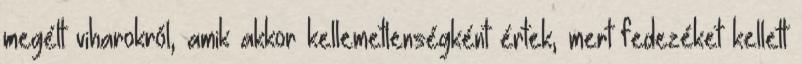
megélt viharokról, amik akkor kellemetlenségként értek, mert fedezéket kellett